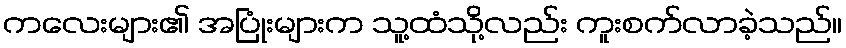
ကလေးများ၏ အပြုံးများက သူ့ထံသို့လည်း ကူးစက်လာခဲ့သည်။